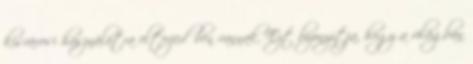
kisvárosi használatra elterjedőben vannak. Ezt bizonyítja, hogy a világban